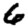
Digit: 6